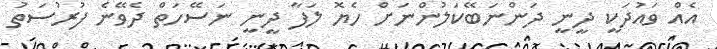
އެއް ވައުދަކީ ދީނީ ދަންނަބޭކަލުންނަށް ހެޔޮ ލަފާ ދީނީ ނަސޭހަތް ދެވޭނެ ފުރުސަތު